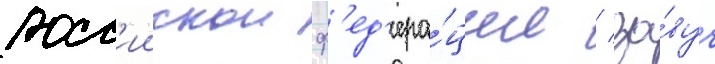
росс'иискои ф'ед'ера́ции / за́вуч